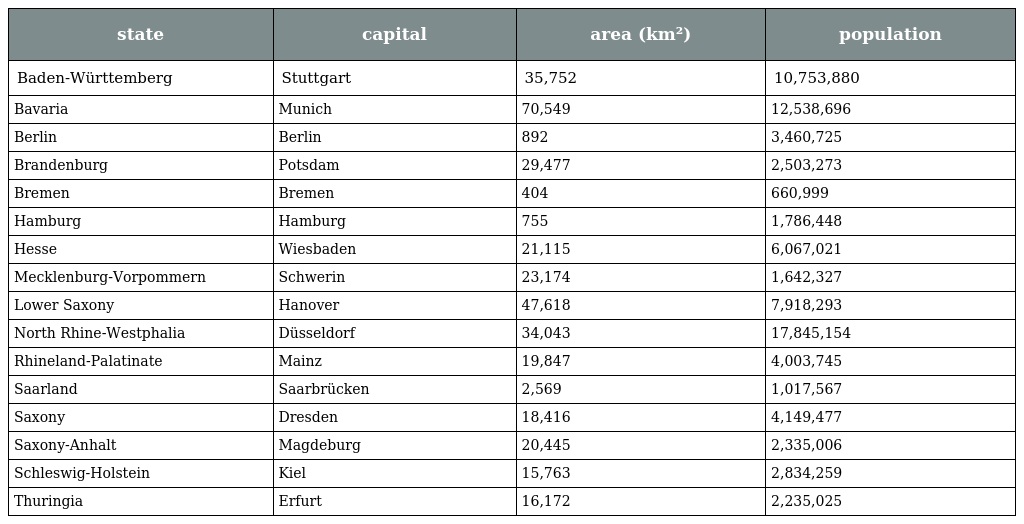
| state | capital | area (km²) | population |
 | --- | --- | --- | --- |
 | Baden-Württemberg | Stuttgart | 35,752 | 10,753,880 |
 | Bavaria | Munich | 70,549 | 12,538,696 |
 | Berlin | Berlin | 892 | 3,460,725 |
 | Brandenburg | Potsdam | 29,477 | 2,503,273 |
 | Bremen | Bremen | 404 | 660,999 |
 | Hamburg | Hamburg | 755 | 1,786,448 |
 | Hesse | Wiesbaden | 21,115 | 6,067,021 |
 | Mecklenburg-Vorpommern | Schwerin | 23,174 | 1,642,327 |
 | Lower Saxony | Hanover | 47,618 | 7,918,293 |
 | North Rhine-Westphalia | Düsseldorf | 34,043 | 17,845,154 |
 | Rhineland-Palatinate | Mainz | 19,847 | 4,003,745 |
 | Saarland | Saarbrücken | 2,569 | 1,017,567 |
 | Saxony | Dresden | 18,416 | 4,149,477 |
 | Saxony-Anhalt | Magdeburg | 20,445 | 2,335,006 |
 | Schleswig-Holstein | Kiel | 15,763 | 2,834,259 |
 | Thuringia | Erfurt | 16,172 | 2,235,025 |